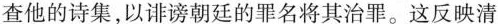
查他的诗集，以诽谤朝廷的罪名将其治罪。这反映清